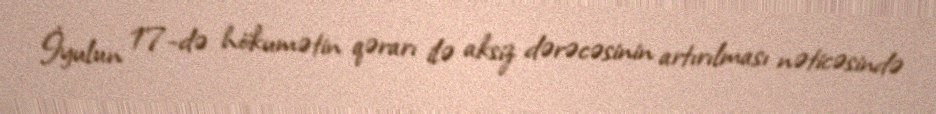
İyulun 17-də hökumətin qərarı ilə aksiz dərəcəsinin artırılması nəticəsində